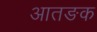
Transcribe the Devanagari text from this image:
आतङक